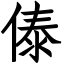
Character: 傣